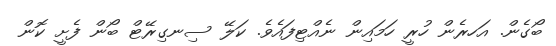
ބޯގެން. އަހރެން ހުރީ ހަަމައިން ނެއްޓިފައެވެ. ކަލޭ ސިނގިރޭޓް ބޯން ފެށީ ކޮން